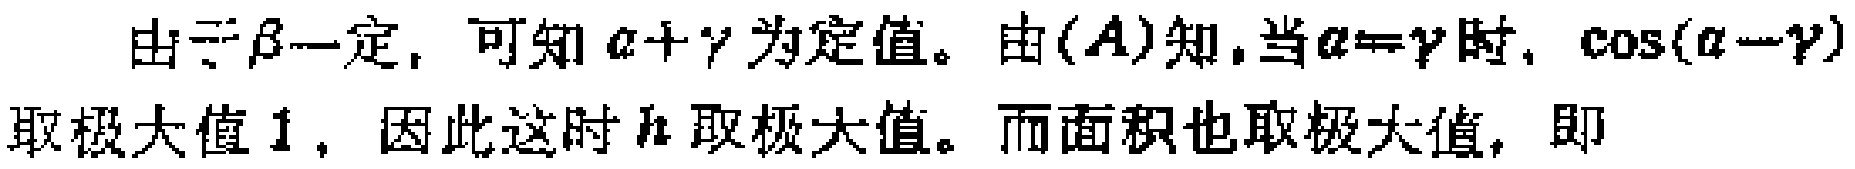
由于\(\beta\)一定，可知\(\alpha+\gamma\)为定值。由\((A)\)知，当\(\alpha=\gamma\)时，\(\cos(\alpha - \gamma)\)取极大值\(1\)，因此这时\(h\)取极大值。而面积也取极大值，即